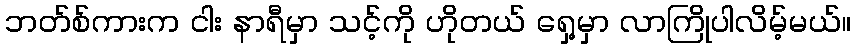
ဘတ်စ်ကားက ငါး နာရီမှာ သင့်ကို ဟိုတယ် ရှေ့မှာ လာကြိုပါလိမ့်မယ်။